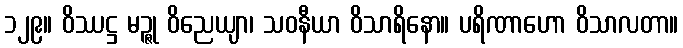
၁၂၉။ ဝိဿဋ္ဌ မဉ္ဇု ဝိညေယျာ၊ သဝနီယာ ဝိသာရိနော။ ပရိဏာဟော ဝိသာလတာ။